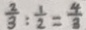
\frac { 2 } { 3 } : \frac { 1 } { 2 } = \frac { 4 } { 3 }